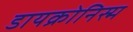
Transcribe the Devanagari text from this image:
डायक्रोनिस्म